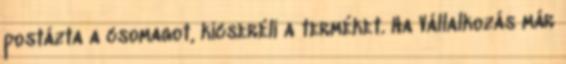
postázta a csomagot, kicseréli a terméket. Ha Vállalkozás már